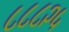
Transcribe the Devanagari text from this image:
८८८२५